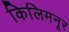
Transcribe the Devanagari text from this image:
किलिमनूर